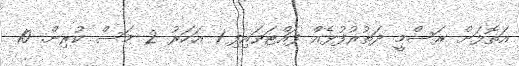
އަތޮޅަށް ރަސްމީ ދަތުރުފުޅެއް ފައްޓަވަައިފި 1 އަހަރު 2 މަސް ކުރިން. 10